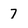
Character: 7